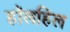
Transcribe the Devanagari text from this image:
हॉलहिल